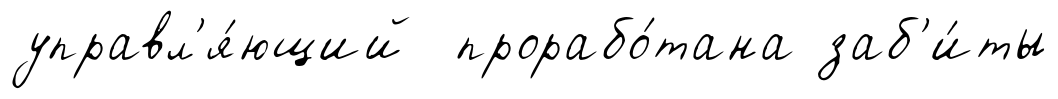
управл'я́ющий прорабо́тана заб'и́ты